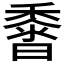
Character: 𪏰